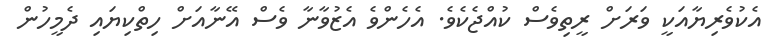
އެކުވެރިޔާއަކީ ވަރަށް ރީތިވެސް ކުއްޖެކެވެ. އެހެންވެ އެޒުވާނާ ވެސް އޭނާއަށް ހިތްކިޔައި ދެމީހުން